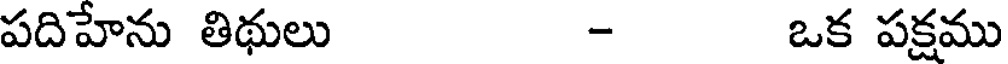
పదిహేను తిథులు - ఒక పక్షము